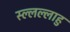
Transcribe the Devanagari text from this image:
स्ल्लल्लाहु